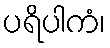
ပရိပါကံ၊